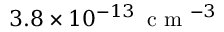
3 . 8 \times 1 0 ^ { - 1 3 } \, \mathrm { ~ c ~ m ~ } ^ { - 3 }